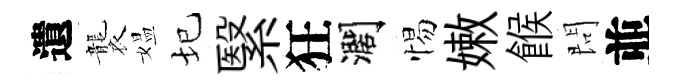
遺襲媪圮繄狂濶惕嫩餱問並